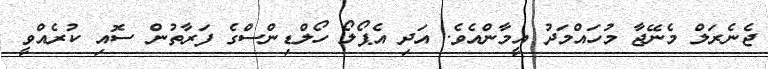
ޖެނެރަލް މެނޭޖާ މުހައްމަދު އީމާންއެވެ. އަދި އެޕޯލޯ ހޯލްޑިންސްގެ ފަރާތުން ސޮއި ކުރެއްވީ